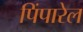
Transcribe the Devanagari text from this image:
पिंपारेल